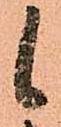
候